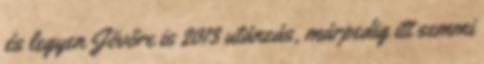
és legyen Jövőre is 2013 utánzás, márpedig itt semmi